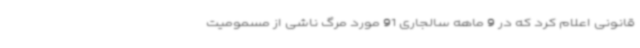
قانونی اعلام کرد که در 9 ماهه سالجاری 91 مورد مرگ ناشی از مسمومیت